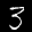
Label: 3